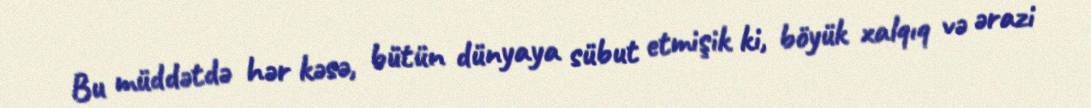
Bu müddətdə hər kəsə, bütün dünyaya sübut etmişik ki, böyük xalqıq və ərazi